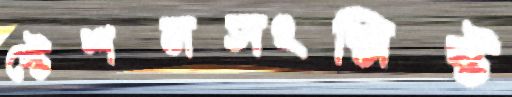
স্টেশনসংশ্লিষ্ট